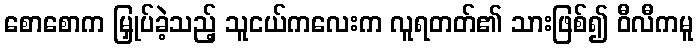
စောစောက မြှုပ်ခဲ့သည့် သူငယ်ကလေးက လူရတတ်၏ သားဖြစ်၍ ဝီလီကမူ